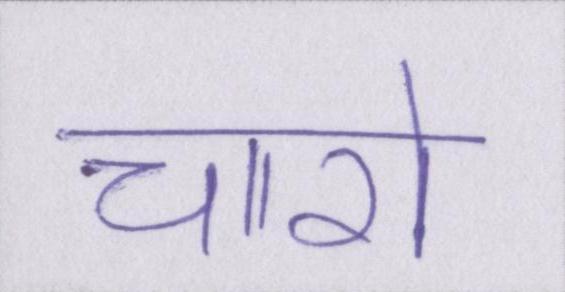
चारो